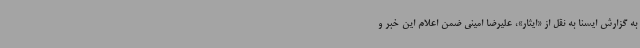
به گزارش ایسنا به نقل از «ایثار»، علیرضا امینی ضمن اعلام این خبر و